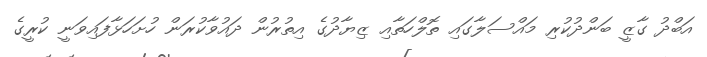
އަބްދު ގާޒީ ބަންދުކުރި މައްސަލާގައި ތޮލްހަތާއި ޒިޔާދުގެ އިތުރުން ދައުވާކުރަން ހުށަހަޅާފައިވަނީ ކުރީގެ